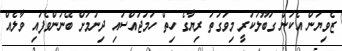
ޒެވިޔަން އެކަން ގަބޫލުކުރީ މިވަގުތު ރިޔާގެ ހިތް ހަމަޖައްސައި ދިނުމަށް ބޭނުންވެފައި ވާލެއް